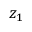
z _ { 1 }